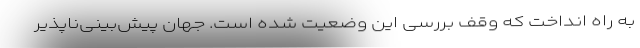
به راه انداخت که وقف بررسی این وضعیت شده است. جهان پیش‌بینی‌ناپذیر